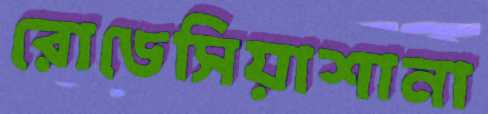
রোডেসিয়াশানা